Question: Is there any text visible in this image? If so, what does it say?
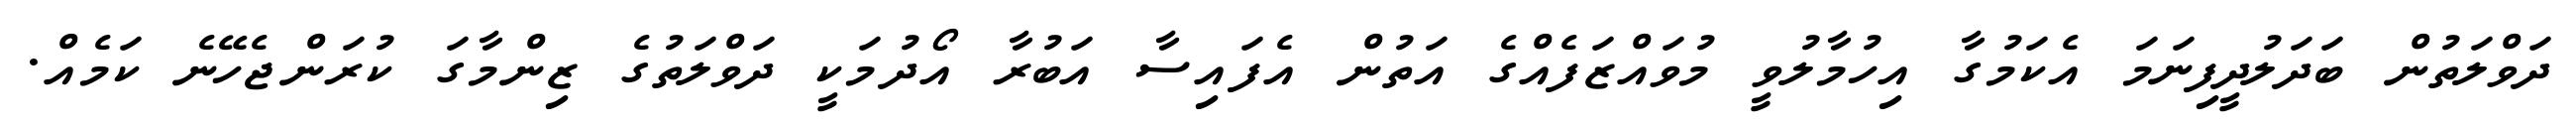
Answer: ދަވްލަތުން ބަދަލުދީފިނަމަ އެކަމުގާ އިހުމާލުވީ މުވައްޒަފެއްގެ އަތުން އެފައިސާ އަބުރާ އޯދުމަކީ ދަވްލަތުގެ ޒިންމާގަ ކުރަންޖެހޭނެ ކަމެއް.